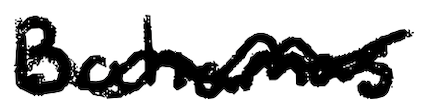
Text: Bahamas
Cross-out: wave
Writing tool: digital_black